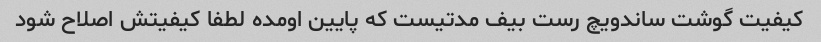
کیفیت گوشت ساندویچ رست بیف مدتیست که پایین اومده لطفا کیفیتش اصلاح شود